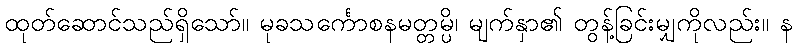
ထုတ်ဆောင်သည်ရှိသော်။ မုခသင်္ကောစနမတ္တမ္ပိ၊ မျက်နှာ၏ တွန့်ခြင်းမျှကိုလည်း။ န